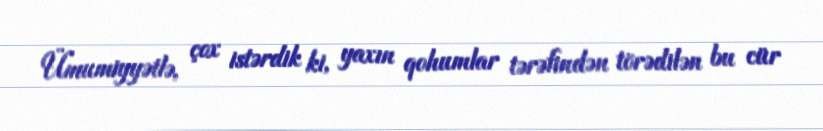
Ümumiyyətlə, çox istərdik ki, yaxın qohumlar tərəfindən törədilən bu cür